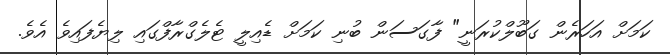
ކަމަށް އަހަރެން ގަބޫލްކުރަނީ" ފާގަސަން ބުނި ކަމަށް ޑެއިލީ ޓެލެގްރާފްގައި ލިޔެފައިވެ އެވެ.